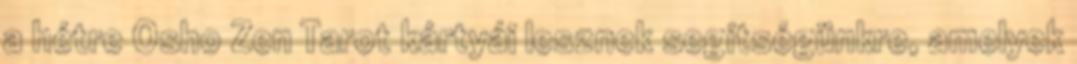
a hétre Osho Zen Tarot kártyái lesznek segítségünkre, amelyek